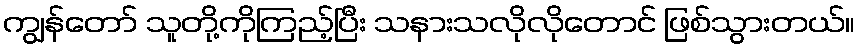
ကျွန်တော် သူတို့ကိုကြည့်ပြီး သနားသလိုလိုတောင် ဖြစ်သွားတယ်။